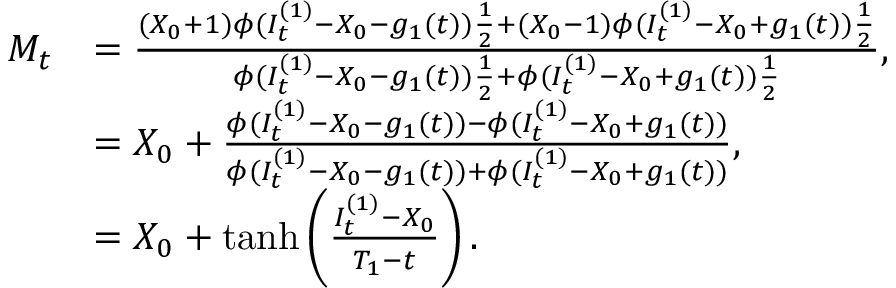
\begin{array} { r l } { M _ { t } } & { = \frac { ( X _ { 0 } + 1 ) \phi ( I _ { t } ^ { ( 1 ) } - X _ { 0 } - g _ { 1 } ( t ) ) \frac { 1 } { 2 } + ( X _ { 0 } - 1 ) \phi ( I _ { t } ^ { ( 1 ) } - X _ { 0 } + g _ { 1 } ( t ) ) \frac { 1 } { 2 } } { \phi ( I _ { t } ^ { ( 1 ) } - X _ { 0 } - g _ { 1 } ( t ) ) \frac { 1 } { 2 } + \phi ( I _ { t } ^ { ( 1 ) } - X _ { 0 } + g _ { 1 } ( t ) ) \frac { 1 } { 2 } } , } \\ & { = X _ { 0 } + \frac { \phi ( I _ { t } ^ { ( 1 ) } - X _ { 0 } - g _ { 1 } ( t ) ) - \phi ( I _ { t } ^ { ( 1 ) } - X _ { 0 } + g _ { 1 } ( t ) ) } { \phi ( I _ { t } ^ { ( 1 ) } - X _ { 0 } - g _ { 1 } ( t ) ) + \phi ( I _ { t } ^ { ( 1 ) } - X _ { 0 } + g _ { 1 } ( t ) ) } , } \\ & { = X _ { 0 } + \operatorname { t a n h } \left( \frac { I _ { t } ^ { ( 1 ) } - X _ { 0 } } { T _ { 1 } - t } \right) . } \end{array}